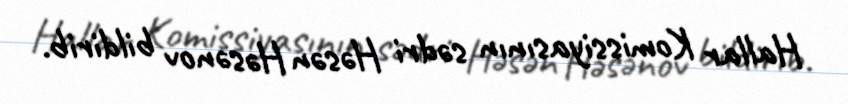
Hallar Komissiyasının sədri Həsən Həsənov bildirib.